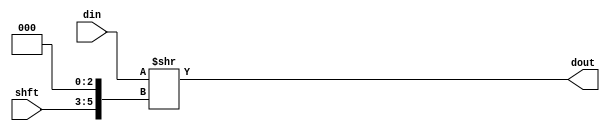
//
// Copyright (C) 2018 LeWiz Communications, Inc. 
// 
// This library is free software; you can redistribute it and/or
// modify it under the terms of the GNU Lesser General Public
// License as published by the Free Software Foundation; either
// version 2.1 of the License, or (at your option) any later version.
// 
// This library is distributed in the hope that it will be useful,
// but WITHOUT ANY WARRANTY; without even the implied warranty of
// MERCHANTABILITY or FITNESS FOR A PARTICULAR PURPOSE.  See the GNU
// Lesser General Public License for more details.
// 
// You should have received a copy of the GNU Lesser General Public
// License along with this library release; if not, write to the Free Software
// Foundation, Inc., 51 Franklin Street, Fifth Floor, Boston, MA  02110-1301  USA
// 
// LeWiz can be contacted at:  support@lewiz.com
// or address:  
// PO Box 9276
// San Jose, CA 95157-9276
// www.lewiz.com
// 
//    Language: Verilog
//


// synopsys translate_off
`timescale 1ns/1ps
// synopsys translate_on


module bsh8_dn_64 (
	shft,		//i
	din,		//i
	dout		//o
);

   input  [2:0]                  shft; 
   input  [63:0]                 din; 
   output [63:0]                 dout; 

   wire [63:0]                   shft_data_s0;

 assign shft_data_s0 = (din >> {shft,3'd0});

//signal remap
 assign dout = shft_data_s0; 

endmodule